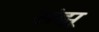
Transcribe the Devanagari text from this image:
संझू